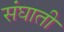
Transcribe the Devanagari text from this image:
संघाती